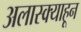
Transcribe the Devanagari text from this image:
अलास्क्याहून